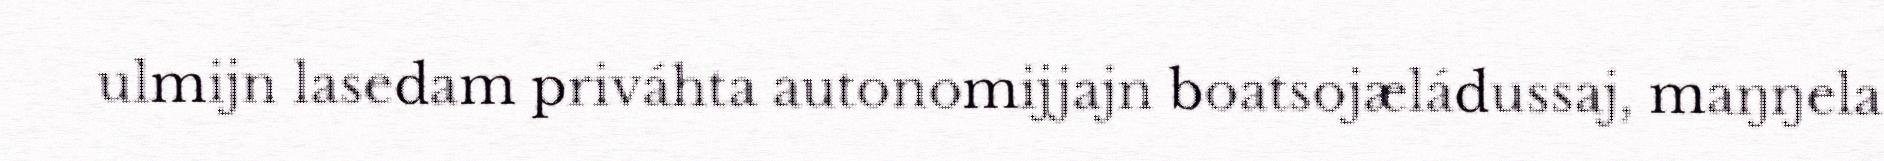
ulmijn lasedam priváhta autonomijjajn boatsojæládussaj, maŋŋela